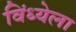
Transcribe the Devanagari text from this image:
विंध्येला